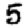
Digit: 5